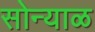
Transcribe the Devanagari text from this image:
सोन्याळ